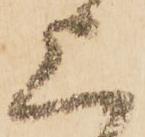
上